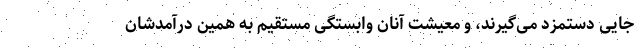
جایی دستمزد می‌گیرند، و معیشت آنان وابستگی مستقیم به همین درآمدشان